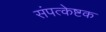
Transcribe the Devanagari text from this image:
संपत्केष्टक